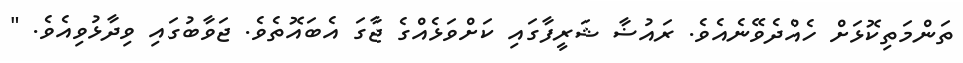
ތަންމަތިކޮޅަށް ހެއްދެވޭނެއެވެ. ރައުޟާ ޝަރީފާގައި ކަށްވަޅެއްގެ ޖާގަ އެބައޮތެވެ. ޖަވާބުގައި ވިދާޅުވިއެވެ. "